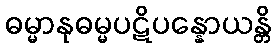
ဓမ္မာနုဓမ္မပဋိပန္နောယန္တိ